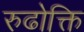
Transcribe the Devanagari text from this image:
रुढोक्ति